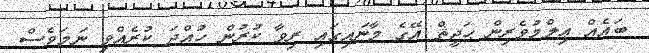
ބައެއް ޢިލްމުވެރިން ޙަދީޘް އޭގެ މާނައިގައި ރިވާ ކުރުން ހުއްދަ ކުރެއްވި ނަމަވެސް